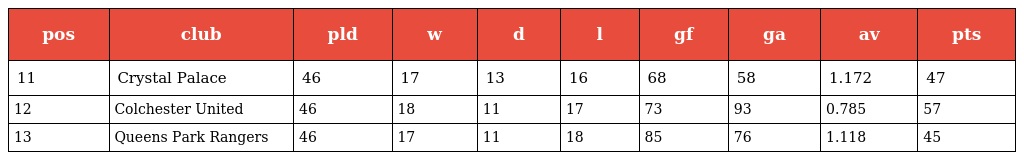
| pos | club | pld | w | d | l | gf | ga | av | pts |
 | --- | --- | --- | --- | --- | --- | --- | --- | --- | --- |
 | 11 | Crystal Palace | 46 | 17 | 13 | 16 | 68 | 58 | 1.172 | 47 |
 | 12 | Colchester United | 46 | 18 | 11 | 17 | 73 | 93 | 0.785 | 57 |
 | 13 | Queens Park Rangers | 46 | 17 | 11 | 18 | 85 | 76 | 1.118 | 45 |